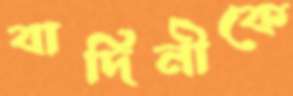
বাদিনীকে